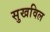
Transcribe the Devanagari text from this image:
सुखविल